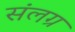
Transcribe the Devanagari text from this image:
संलग्र